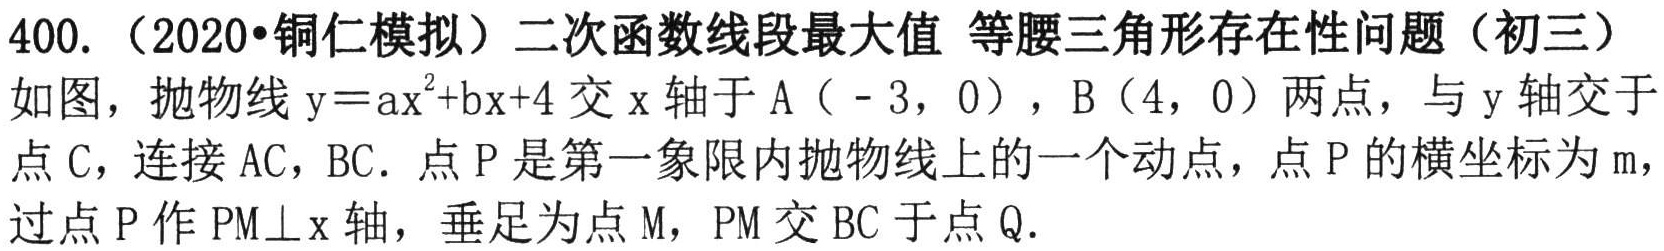
400.（2020•铜仁模拟）二次函数线段最大值 等腰三角形存在性问题（初三）
如图，抛物线\(y = ax^{2}+bx + 4\)交\(x\)轴于\(A（ - 3,0）\)，\(B（4,0）\)两点，与\(y\)轴交于点\(C\)，连接\(AC\)，\(BC\). 点\(P\)是第一象限内抛物线上的一个动点，点\(P\)的横坐标为\(m\)，过点\(P\)作\(PM\perp x\)轴，垂足为点\(M\)，\(PM\)交\(BC\)于点\(Q\).